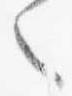
之